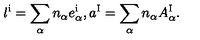
l ^ { \mathrm { i } } = \sum _ { \alpha } n _ { \alpha } { e _ { \alpha } ^ { \mathrm { i } } } , a ^ { \mathrm { I } } = \sum _ { \alpha } n _ { \alpha } A _ { \alpha } ^ { \mathrm { I } } .